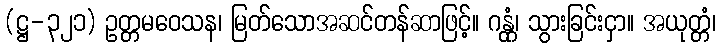
(ဋ္ဌ-၃၂၁) ဥတ္တမဝေသန၊ မြတ်သောအဆင်တန်ဆာဖြင့်။ ဂန္တုံ၊ သွားခြင်းငှာ။ အယုတ္တံ၊